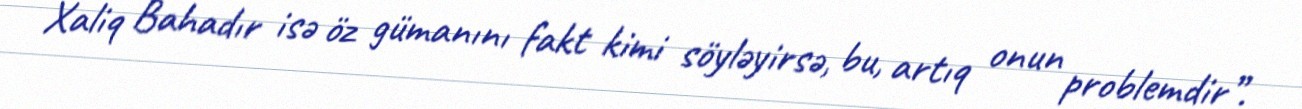
Xaliq Bahadır isə öz gümanını fakt kimi söyləyirsə, bu, artıq onun problemdir”.